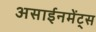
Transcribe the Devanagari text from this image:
असाईनमेंट्स